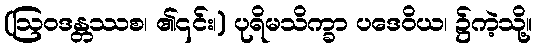
(ဩဝဒန္တဿစ၊ ၏၎င်း၊) ပုရိမသိက္ခာ ပဒေဝိယ၊ ၌ကဲ့သို့။